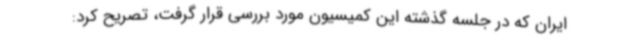
ایران که در جلسه گذشته این کمیسیون مورد بررسی قرار گرفت، تصریح کرد: